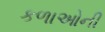
કળાઓની